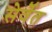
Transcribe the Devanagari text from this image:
सेर्वेत